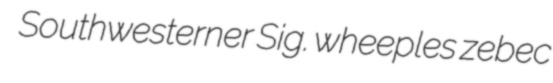
Southwesterner Sig. wheeples zebec